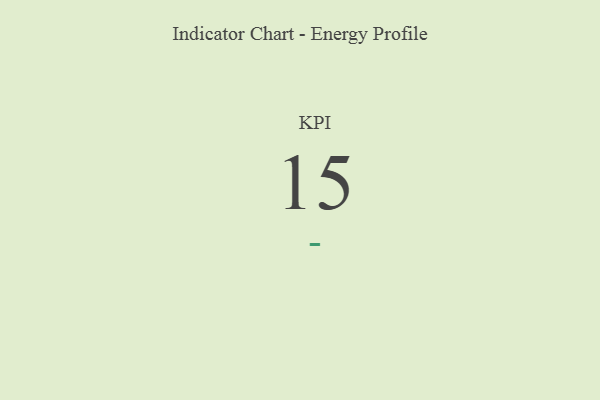
{"axis": {"x": "KPI", "y": "Value"}, "legend": [""], "data": [{"x": "KPI", "y": 15, "type": ""}]}